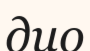
дио